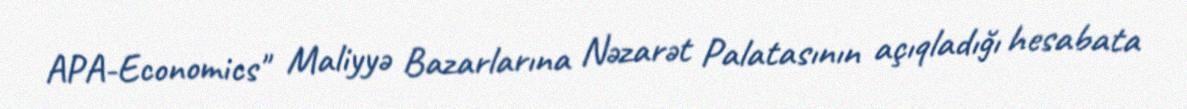
APA-Economics" Maliyyə Bazarlarına Nəzarət Palatasının açıqladığı hesabata